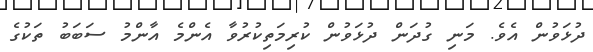
ދުޅަވުން އެވެ. މަނި ގުދަން ދުޅަވުން ކުރިމަތިކުރުވާ އެންމެ އާންމު ސަބަބު ތަކުގެ